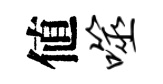
値噬